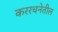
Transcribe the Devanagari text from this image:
कररचनेतील